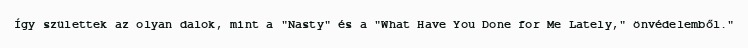
Így születtek az olyan dalok, mint a "Nasty" és a "What Have You Done for Me Lately," önvédelemből."